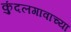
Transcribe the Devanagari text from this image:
कुंदलगावाच्या